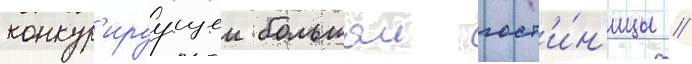
конкур'ируущеи большои гост'и́н'ицы //